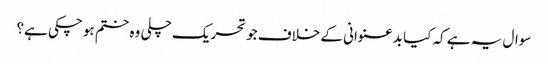
سوال یہ ہے کہ کیا بدعنوانی کے خلاف جو تحریک چلی وہ ختم ہو چکی ہے؟